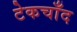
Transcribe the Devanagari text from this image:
टेकचाँद